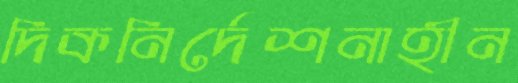
দিকনির্দেশনাহীন